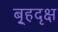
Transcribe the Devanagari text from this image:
बृ्हदृक्ष